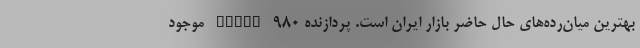
بهترین میان‌رده‌های حال حاضر بازار ایران است. پردازنده Kirin 980 موجود